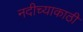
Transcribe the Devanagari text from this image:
नदीच्याकाठी